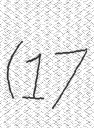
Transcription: (17